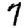
Digit: 7